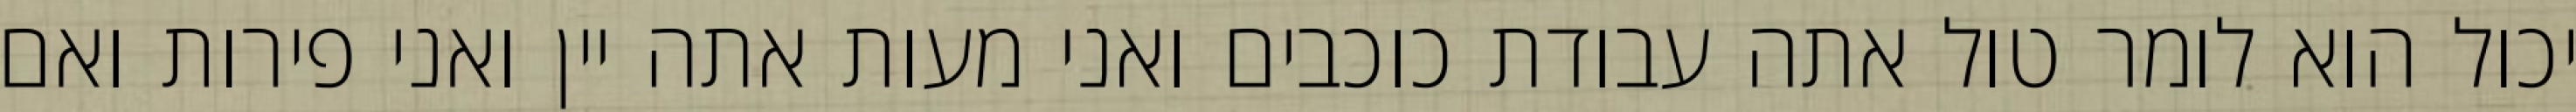
יכול הוא לומר טול אתה עבודת כוכבים ואני מעות אתה יין ואני פירות ואם